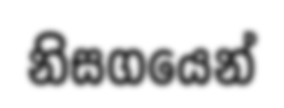
නිසගයෙන්